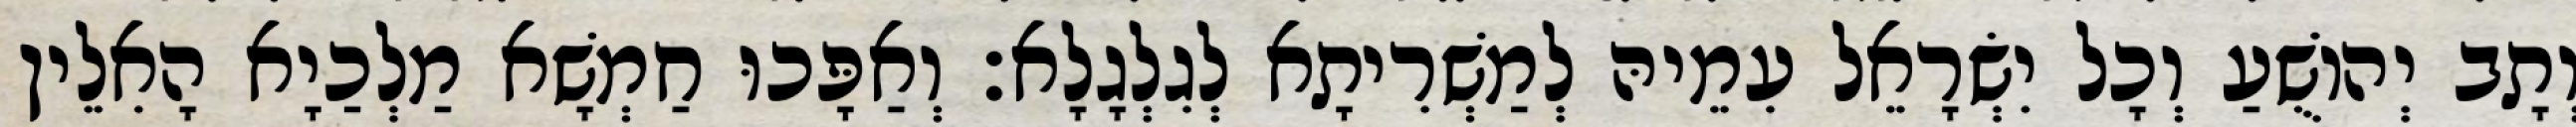
וְתָב יְהוֹשֻׁעַ וְכָל יִשְׂרָאֵל עִמֵיהּ לְמַשְׁרִיתָא לְגִלְגָלָא׃ וְאַפָּכוּ חַמְשָׁא מַלְכַיָא הָאִלֵין